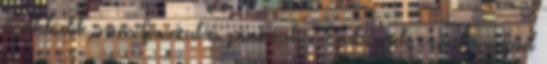
öröklődik, nem fasszal és pinával. - Embernek érzed magad